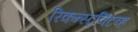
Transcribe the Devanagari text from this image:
रिकन्स्ट्रक्टिव्ह